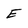
Character: E